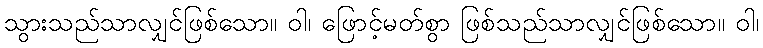
သွားသည်သာလျှင်ဖြစ်သော။ ဝါ၊ ဖြောင့်မတ်စွာ ဖြစ်သည်သာလျှင်ဖြစ်သော။ ဝါ၊